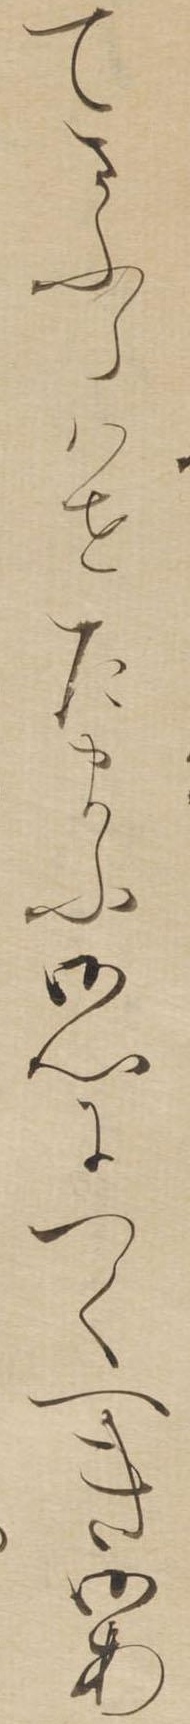
てさふらはせたまふ御心につくへき御あ